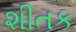
શીતક